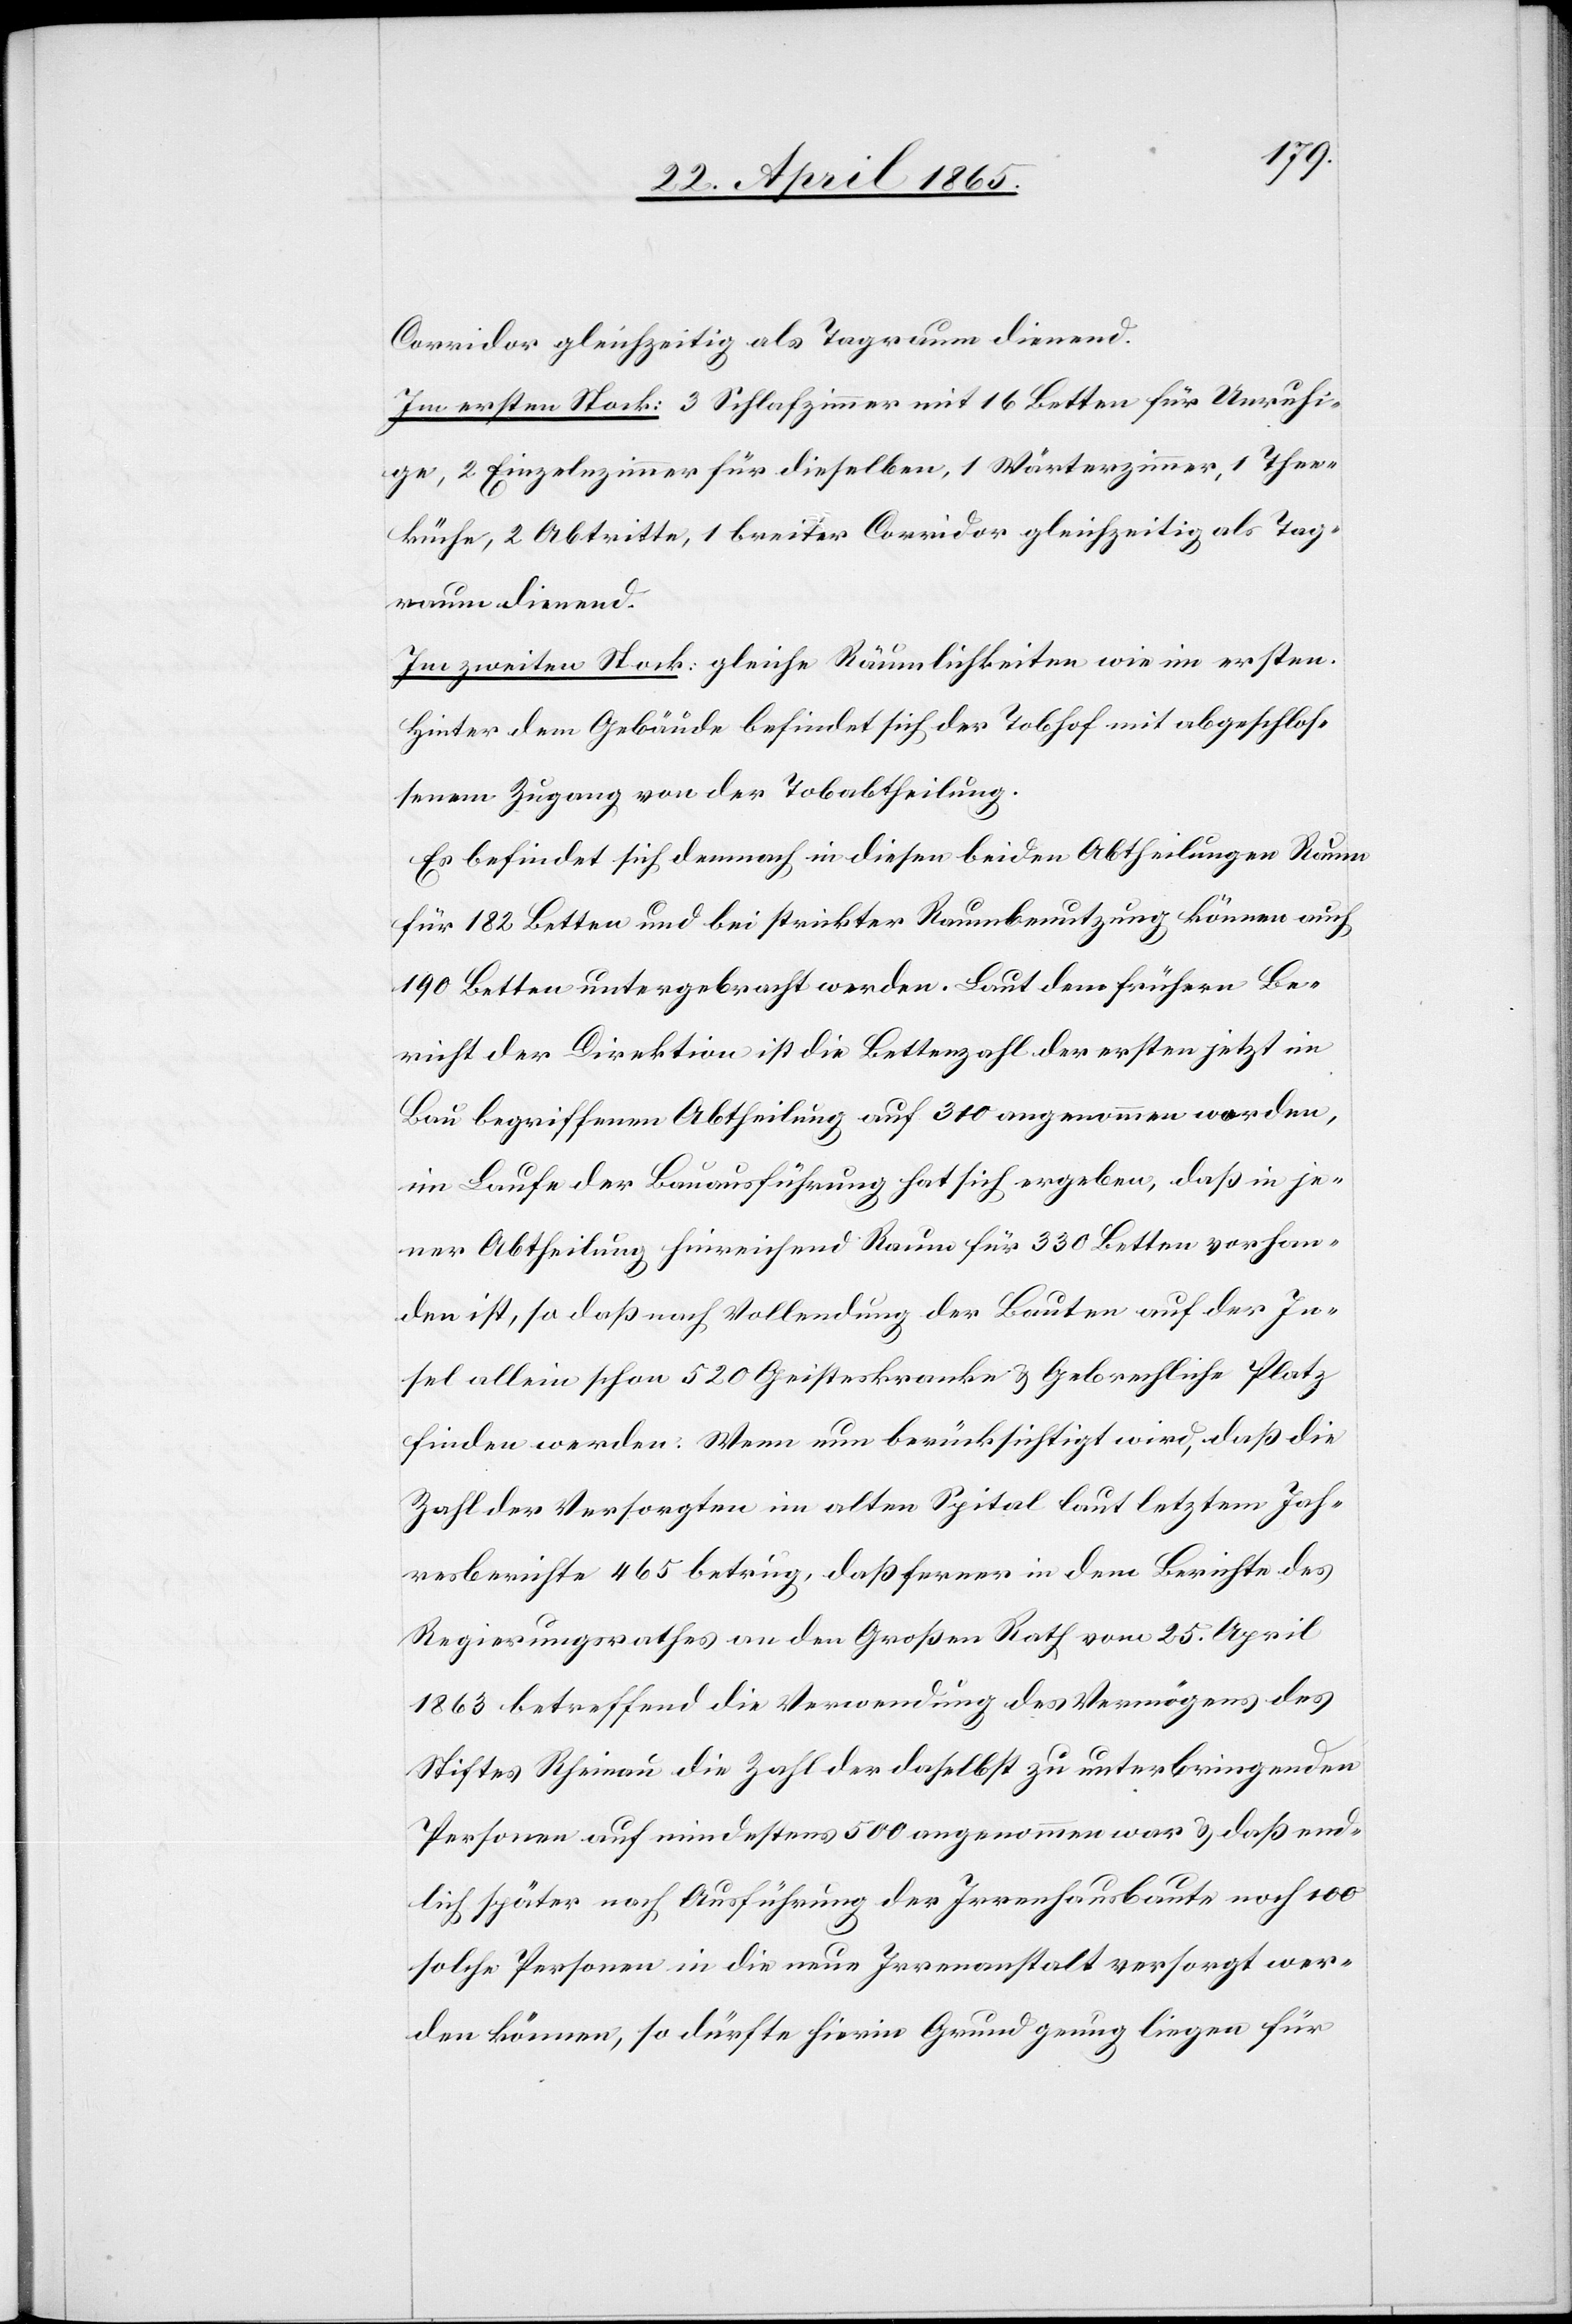
Corridor gleichzeitig als Tagraum dienend.
Im ersten Stock: 3 Schlafzimmer mit 16 Betten für Unruhi¬
ge, 2 Einzelnzimmer für dieselben, 1 Wärterzimmer, 1 Thee¬
küche, 2 Abrtitte, 1 breiter Corridor gleichzeitg als Tag¬
raum dienend.
Im zweiten Stock: gleiche Räumlichkeiten wie im ersten.
Hinter dem Gebäude befindet sich der Tobhof mit abgeschlos¬
senem Zugang von der Tobabtheilung.
Es befindet sich demnach in diesen beiden Abtheilungen Raum
für 182 Betten und bei strickter Raumbenutzung können auch
190 Betten untergebracht werden. Laut dem frühern Be¬
richt der Direktion ist die Bettenzahl der ersten jetzt im
Bau begriffenen Abtheilung auf 310 angenommen worden,
im Laufe der Bauausführung hat sich ergeben, daß in je¬
ner Abtheilung hinreichend Raum für 330 Betten vorhan¬
den ist, so daß nach Vollendung der Bauten auf der In¬
sel allein schon 520 Geisteskranke & Gebrechliche Platz
finden werden. Wenn nun berücksichtigt wird, daß die
Zahl der Versorgten im alten Spital laut letztem Jah¬
resberichte 465 betrug, daß ferner in dem Berichte des
Regierungsrathes an den Großen Rath vom 25. April
1863 betreffend die Verwendung des Vermögens des
Stiftes Rheinau die Zahl der daselbst zu unterbringenden
Personen auf mindestens 500 angenommen war & daß end¬
lich später nach Ausführung der Irrenhausbaute noch 100
solche Personen in die neue Irrenanstalt versorgt wer¬
den können, so dürfte hierin Grund genug liegen für